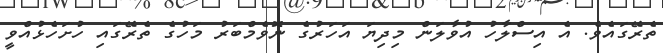
ތެރޭގައެވެ. އެ އިސްލާހު އުވާލަން މިދިޔަ އަހަރުގެ ނޮވެމްބަރު މަހުގެ ތެރޭގައި ހުށަހެޅުއްވީ